Report of the Indian Hemp Drugs Commission, 1894-1895 - Volume V
Year: 1894
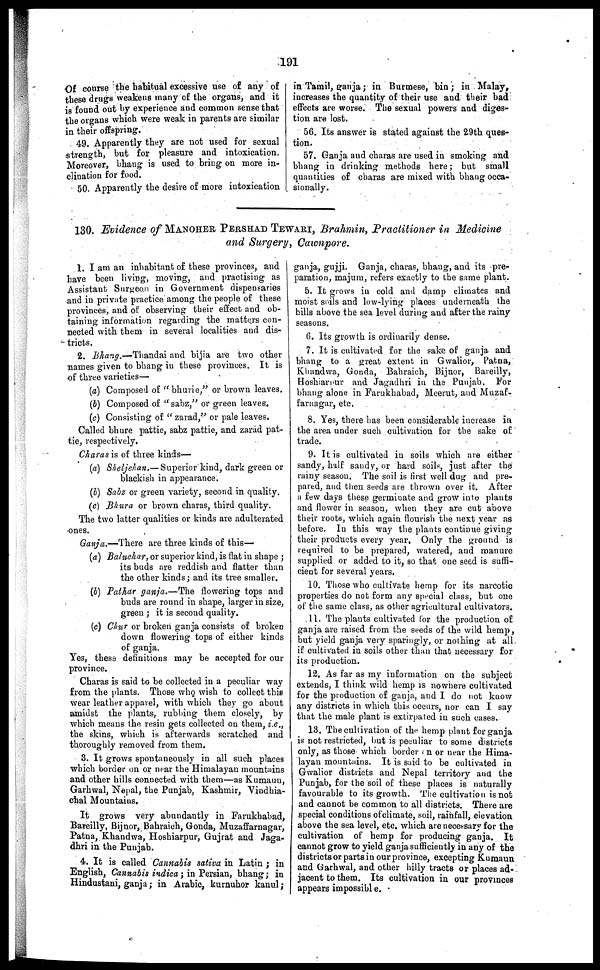
191
Of course the habitual excessive use of any of
these drugs weakens many of the organs, and it
is found out by experience and common sense that
the organs which were weak in parents are similar
in their offspring.
49. Apparently they are not used for sexual
strength, but for pleasure and intoxication.
Moreover, bhang is used to bring on more in-
clination for food.
50. Apparently the desire of more intoxication
in Tamil, ganja; in Burmese, bin; in Malay,
increases the quantity of their use and their bad
effects are worse. The sexual powers and diges-
tion are lost.
56. Its answer is stated against the 29th ques-
tion.
57. Ganja and charas are used in smoking and
bhang in drinking methods here; but small
quantities of charas are mixed with bhang occa-
sionally.
130. Evidence of MANOHER PERSHAD TEWARI, Brahmin, Practitioner in Medicine
and Surgery, Cawnpore.
1. I am an inhabitant of these provinces, and
have been living, moving, and practising as
Assistant Surgeon in Government dispensaries
and in private practice among the people of these
provinces, and of observing their effect and ob-
taining information regarding the matters con-
nected with them in several localities and dis-
tricts.
2. Bhang.—Thandai and bijia are two other
names given to bhang in these provinces. It is
of three varieties—
(a) Composed of "bhurie," or brown leaves.
(b) Composed of "sabz," or green leaves.
(c) Consisting of "zarad," or pale leaves,
Called bhure pattie, sabz pattie, and zarad pat-
tie, respectively,
Charas is of three kinds—
(a) Sheljehan.— Superior kind, dark green or
blackish in appearance.
(J) Sabz or green variety, second in quality.
(c) Bhura or brown charas, third quality.
The two latter qualities or kinds are adulterated
ones.
Ganja.—There are three kinds of this—
(a) Baluchar, or superior kind, is flat in shape ;
its buds are reddish and flatter than
the other kinds; and its tree smaller.
(6) Pathar ganja.—The flowering tops and
buds are round in shape, larger in size,
green ; it is second quality.
(c) Chur or broken ganja consists of broken
down flowering tops of either kinds
of ganja.
Yes, these definitions may be accepted for our
province.
Charas is said to be collected in a peculiar way
from the plants. Those who wish to collect this
wear leather apparel, with which they go about
amidst the plants, rubbing them closely, by
which means the resin gets collected on them, i.e.,
the skins, which is afterwards scratched and
thoroughly removed from them.
3. It grows spontaneously in all such places
which border on or near the Himalayan mountains
and other bills connected with them—as Kumaun,
Garhwal, Nepal, the Punjab, Kashmir, Vindhia-
chal Mountains.
It grows very abundantly in Farukhabad,
Bareilly, Bijnor, Bahraich, Gonda, Muzaffarnagar,
Patna, Khandwa, Hoshiarpur, Gujrat and Jaga-
dhri in the Punjab.
4. It is called Cannabis saliva in Latin ; in
English, Cannabis indica; in Persian, bhang; in
Hindustani, ganja; in Arabic, kurnuhor kanul;
ganja, gujji. Ganja, charas, bhang, and its pre-
paration, majum, refers exactly to the same plant.
5. It grows in cold and damp climates and
moist soils and low-lying places underneath the
hills above the sea level during and after the rainy
seasons.
6. Its growth is ordinarily dense.
7. It is cultivated for the sake of ganja and
bhang to a great extent in Gwalior, Patna,
Khandwa, Gonda, Bahraich, Bijnor, Bareilly,
Hoshiarpur and Jagadhri in the Punjab. For
bhang alone in Farukhabad, Meerut, and Muzaf-
farnagar, etc.
8. Yes, there has been considerable increase in
the area under such cultivation for the sake of
trade.
9. It is cultivated in soils which are either
sandy, half sandy, or hard soils, just after the
rainy season. The soil is first well dug and pre-
pared, and then seeds are thrown over it. After
a few days these germiuate and grow into plants
and flower in season, when they are cut above
their roots, which again flourish the next year as
before. In this way the plants continue giving
their products every year, Only the ground is
required to be prepared, watered, and manure
supplied or added to it, so that one seed is suffi-
cient for several years.
10. Those who cultivate hemp for its narcotic
properties do not form any special class, but one
of the same class, as other agricultural cultivators.
11. The plants cultivated for the production of
ganja are raised from the seeds of the wild hemp,
but yield ganja very sparingly, or nothing at all
if cultivated in soils other than that necessary for
its production.
12. As far as my information on the subject
extends, I think wild hemp is nowhere cultivated
for the production of ganja, and I do not know
any districts in which this occurs, nor can I say
that the male plant is extirpated in such cases.
13. The cultivation of the hemp plant for ganja
is not restricted, but is peculiar to some districts
only, as those which border on or near the Hima-
layan mountains. It is said to be cultivated in
Gwalior districts and Nepal territory ana the
Punjab, for the soil of these places is naturally
favourable to its growth. The cultivation is not
and cannot he common to all districts. There are
special conditions ofclimate, soil, rainfall, elevation
above the sea level, etc. which are necessary for the
cultivation of hemp for producing ganja. It
cannot grow to yield ganja sufficiently in any of the
districts or parts in our province, excepting Kumaun
and Garhwal, and other hilly tracts or places ad-
jacent to them. Its cultivation in our provinces
appears impossible.